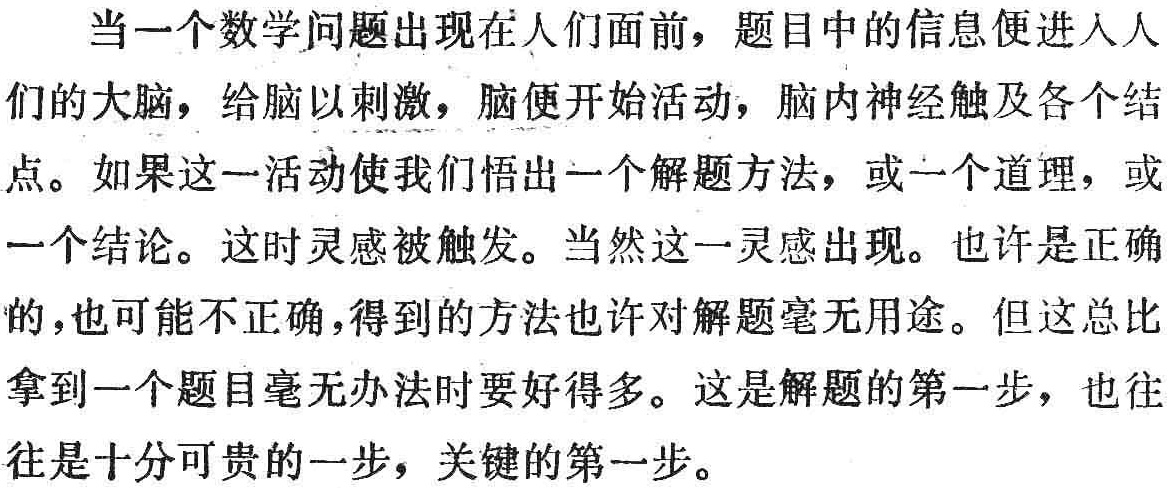
当一个数学问题出现在人们面前，题目中的信息便进入人们的大脑，给脑以刺激，脑便开始活动，脑内神经触及各个结点。如果这一活动使我们悟出一个解题方法，或一个道理，或一个结论。这时灵感被触发。当然这一灵感出现。也许是正确的，也可能不正确，得到的方法也许对解题毫无用途。但这总比拿到一个题目毫无办法时要好得多。这是解题的第一步，也往往是十分可贵的一步，关键的第一步。